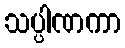
သပ္ပါဏကာ